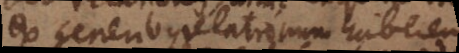
ex generibus relationum haberentur